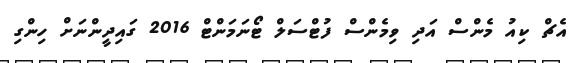
އެޗް ކިއު މެންސް އަދި ވިމެންސް ފުޓްސަލް ޓޯނަމަންޓް 2016 ގައިދީންނަށް ހިންގި